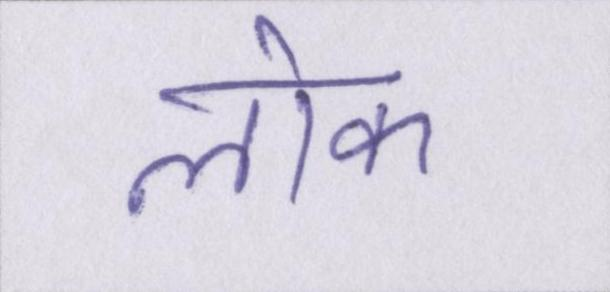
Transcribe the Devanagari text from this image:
लॊक